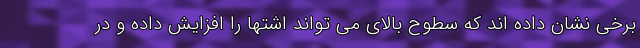
برخی نشان داده اند که سطوح بالای می تواند اشتها را افزایش داده و در